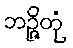
ဘဉ္ဇိတုံ